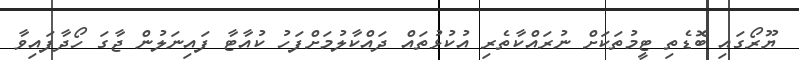
ޔޫރޯގައި ބޮޑެތި ޓީމުތަކަށް ނުރައްކާތެރި އުކުޅުތައް ދައްކާލުމަށްފަހު ކުއާޓާ ފައިނަލުން ޖާގަ ހޯދާފައިވާ